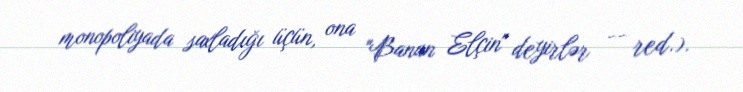
monopoliyada saxladığı üçün, ona "Banan Elçin" deyirlər -- red.).